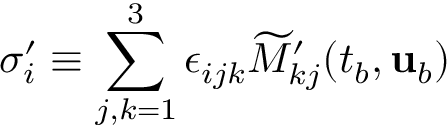
\sigma _ { i } ^ { \prime } \equiv \sum _ { j , k = 1 } ^ { 3 } \epsilon _ { i j k } \widetilde { M } _ { k j } ^ { \prime } ( t _ { b } , { \mathbf { u } } _ { b } )